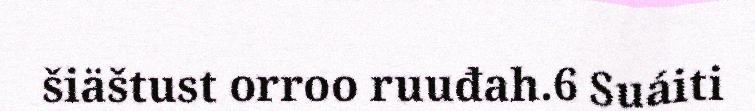
šiäštust orroo ruuđah.6 Suáiti